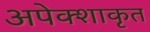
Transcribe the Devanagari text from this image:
अपेक्शाकृत